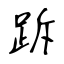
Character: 跅